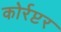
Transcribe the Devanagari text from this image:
कोर्रप्टर